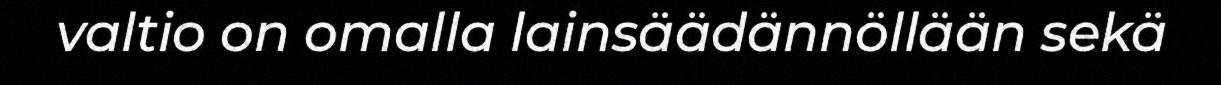
valtio on omalla lainsäädännöllään sekä